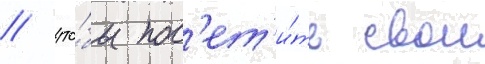
/ что́бы пос'ет'и́ть свои